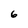
Character: 6